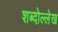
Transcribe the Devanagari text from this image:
शब्दोल्लेख